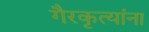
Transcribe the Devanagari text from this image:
गैरकृत्यांना